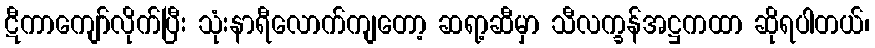
ဋီကာကျော်လိုက်ပြီး သုံးနာရီလောက်ကျတော့ ဆရာ့ဆီမှာ သီလက္ခန်အဋ္ဌကထာ ဆိုရပါတယ်၊